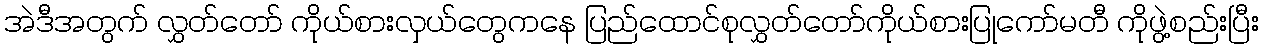
အဲဒီအတွက် လွှတ်တော် ကိုယ်စားလှယ်တွေကနေ ပြည်ထောင်စုလွှတ်တော်ကိုယ်စားပြုကော်မတီ ကိုဖွဲ့စည်းပြီး